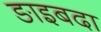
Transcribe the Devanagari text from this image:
ङाइबदा